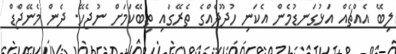
ލިބޭ އެއްޗެއް އަޅުގަނޑުމެން އެކަނި ހުދޫދެެއްގެ ތެރޭގައި ތިބޭކަމަށް ނުޖެހޭ. ދެން މެނޭޖްޑް